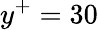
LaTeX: y^{+}=30